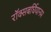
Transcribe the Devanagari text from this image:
रॉक्सबर्घियानम